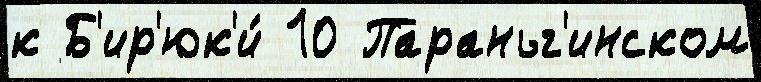
к Б'ир'юк'и́ 10 Параньг'инском